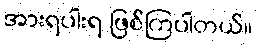
အားရပါးရ ဖြစ်ကြပါတယ်။